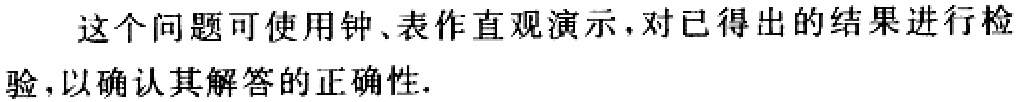
这个问题可使用钟、表作直观演示，对已得出的结果进行检验，以确认其解答的正确性.